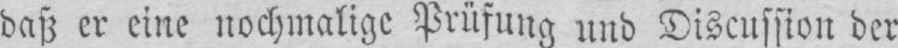
daß er eine nochmalige Prüfung und Discussion der